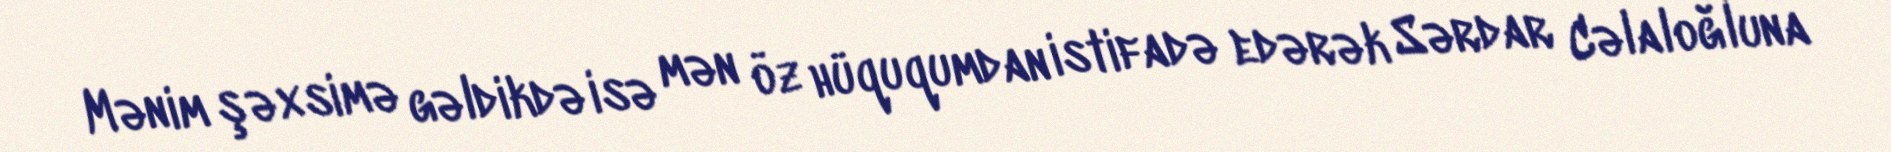
Mənim şəxsimə gəldikdə isə mən öz hüququmdan istifadə edərək Sərdar Cəlaloğluna